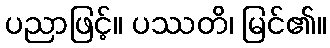
ပညာဖြင့်။ ပဿတိ၊ မြင်၏။